Insane asylums Bombay 1873-77 - 1873-1877
Year: 1873
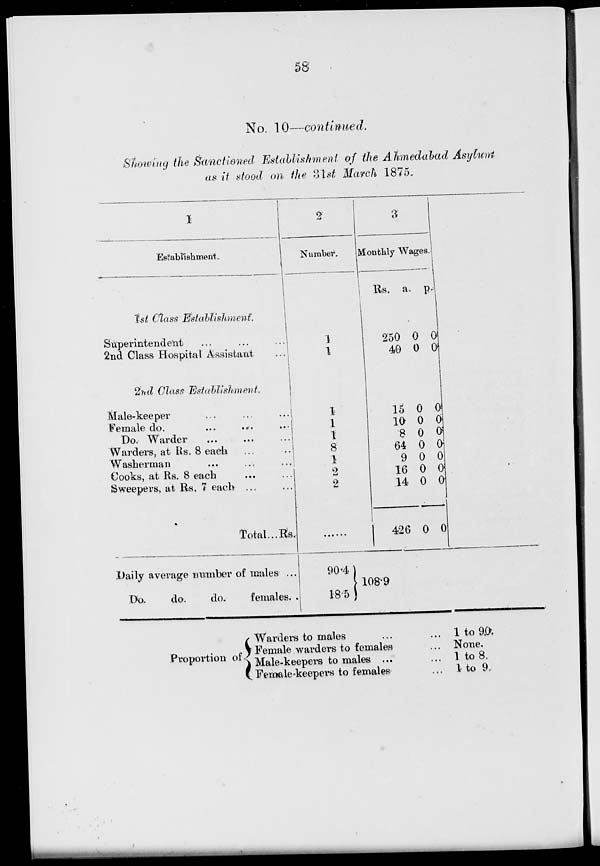
58
No. 10—continued.
Showing the Sanctioned Establishment of the Ahmedabad Asylum
as it stood on the 31st March 1875.
1
Establishment.
1st Class Establishment.
Superintendent
...
...
...
2nd Class Hospital Assistant
...
2nd Class Establishment.
Male-keeper
...
...
...
Female do. ... ... ...
Do. Warder ... ... ...
Warders, at Rs. 8 each
...
...
Washerman
...
...
...
Cooks, at Rs. 8 each ... ...
Sweepers, at Rs. 7 each ... ...
Total... Rs.
Daily average number of males ...
Do.
do.
do.
females. .
2
Number.
1
1
1
1
1
8
1
2
2
90.4
18.5
3
Monthly Wages.
Rs.
250
40
15
10
8
64
9
16
14
426
a.
0
0
0
0
0
0
0
0
0
0
p.
0
0
0
0
0
0
0
0
0
0
108.9
Proportion of
Warders to males ... ...
Female warders to females ...
Male-keepers to males ... ...
Female-keepers to females ...
1 to 90.
None.
1 to 8.
1 to 9.